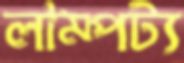
লাম্পট্য